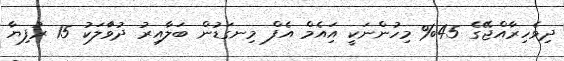
ދިވެހިރާއްޖޭގެ 45% މިހުންނަކީ އަިއެމް އެފް މިނގަޑުން ބަލާއިރު ދުވާަލަކު 15 ރުފިޔާ